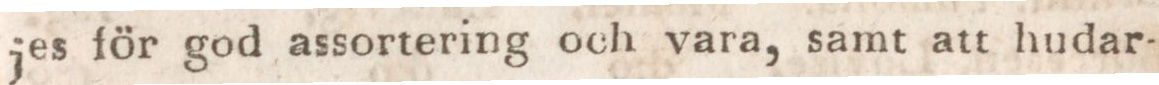
jes för god assortering och vara, samt att hudar-